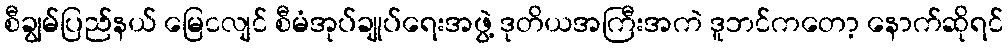
စီချွမ်ပြည်နယ် မြေငလျင် စီမံအုပ်ချုပ်ရေးအဖွဲ့ ဒုတိယအကြီးအကဲ ဒူဘင်ကတော့ နောက်ဆိုရင်